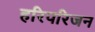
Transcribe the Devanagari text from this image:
हरिपरिजन